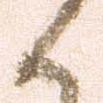
候